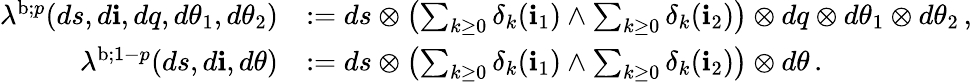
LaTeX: \begin{array}{rl}{\lambda^{\mathrm{b};p}(ds,d\mathbf{i},dq,d\theta_{1},d\theta_{2})}&{:=ds\otimes\left(\sum_{k\geq 0}\delta_{k}(\mathbf{i}_{1})\wedge\sum_{k\geq 0}\delta_{k}(\mathbf{i}_{2})\right)\otimes dq\otimes d\theta_{1}\otimes d\theta_{2}\, ,}\\ {\lambda^{\mathrm{b};1-p}(ds,d\mathbf{i},d\theta)}&{:=ds\otimes\left(\sum_{k\geq 0}\delta_{k}(\mathbf{i}_{1})\wedge\sum_{k\geq 0}\delta_{k}(\mathbf{i}_{2})\right)\otimes d\theta\, .}\end{array}